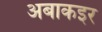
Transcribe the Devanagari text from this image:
अबाकइर